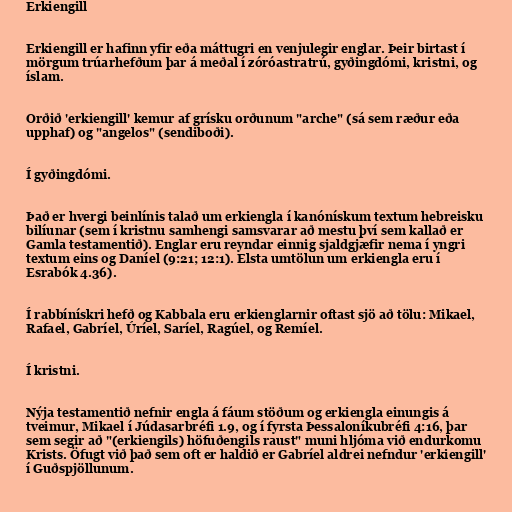
Erkiengill

Erkiengill er hafinn yfir eða máttugri en venjulegir englar. Þeir birtast í
mörgum trúarhefðum þar á meðal í zóróastratrú, gyðingdómi, kristni, og
íslam.

Orðið 'erkiengill' kemur af grísku orðunum "arche" (sá sem ræður eða
upphaf) og "angelos" (sendiboði).

Í gyðingdómi.

Það er hvergi beinlínis talað um erkiengla í kanónískum textum hebreisku
bilíunar (sem í kristnu samhengi samsvarar að mestu því sem kallað er
Gamla testamentið). Englar eru reyndar einnig sjaldgjæfir nema í yngri
textum eins og Daníel (9:21; 12:1). Elsta umtölun um erkiengla eru í
Esrabók 4.36).

Í rabbínískri hefð og Kabbala eru erkienglarnir oftast sjö að tölu: Mikael,
Rafael, Gabríel, Úríel, Saríel, Ragúel, og Remíel.

Í kristni.

Nýja testamentið nefnir engla á fáum stöðum og erkiengla einungis á
tveimur, Mikael í Júdasarbréfi 1.9, og í fyrsta Þessaloníkubréfi 4:16, þar
sem segir að "(erkiengils) höfuðengils raust" muni hljóma við endurkomu
Krists. Öfugt við það sem oft er haldið er Gabríel aldrei nefndur 'erkiengill'
í Guðspjöllunum.